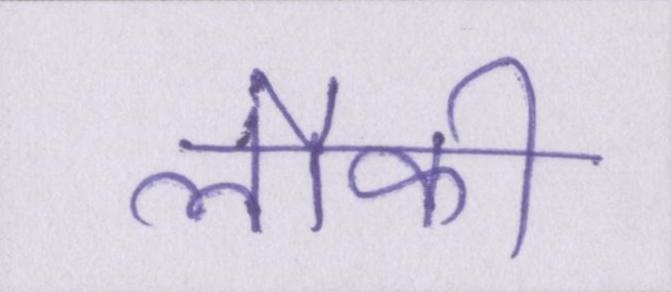
लौकी